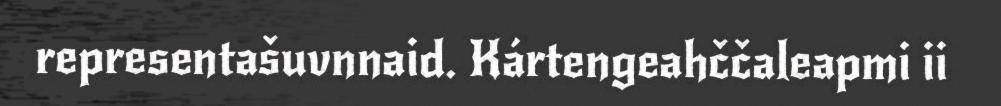
representašuvnnaid. Kártengeahččaleapmi ii